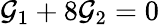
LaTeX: \mathcal{G}_{1}+8\mathcal{G}_{2}=0